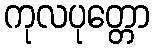
ကုလပုတ္တော